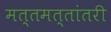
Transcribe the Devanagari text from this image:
मत्तमत्तांतरी